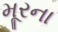
મૂરના